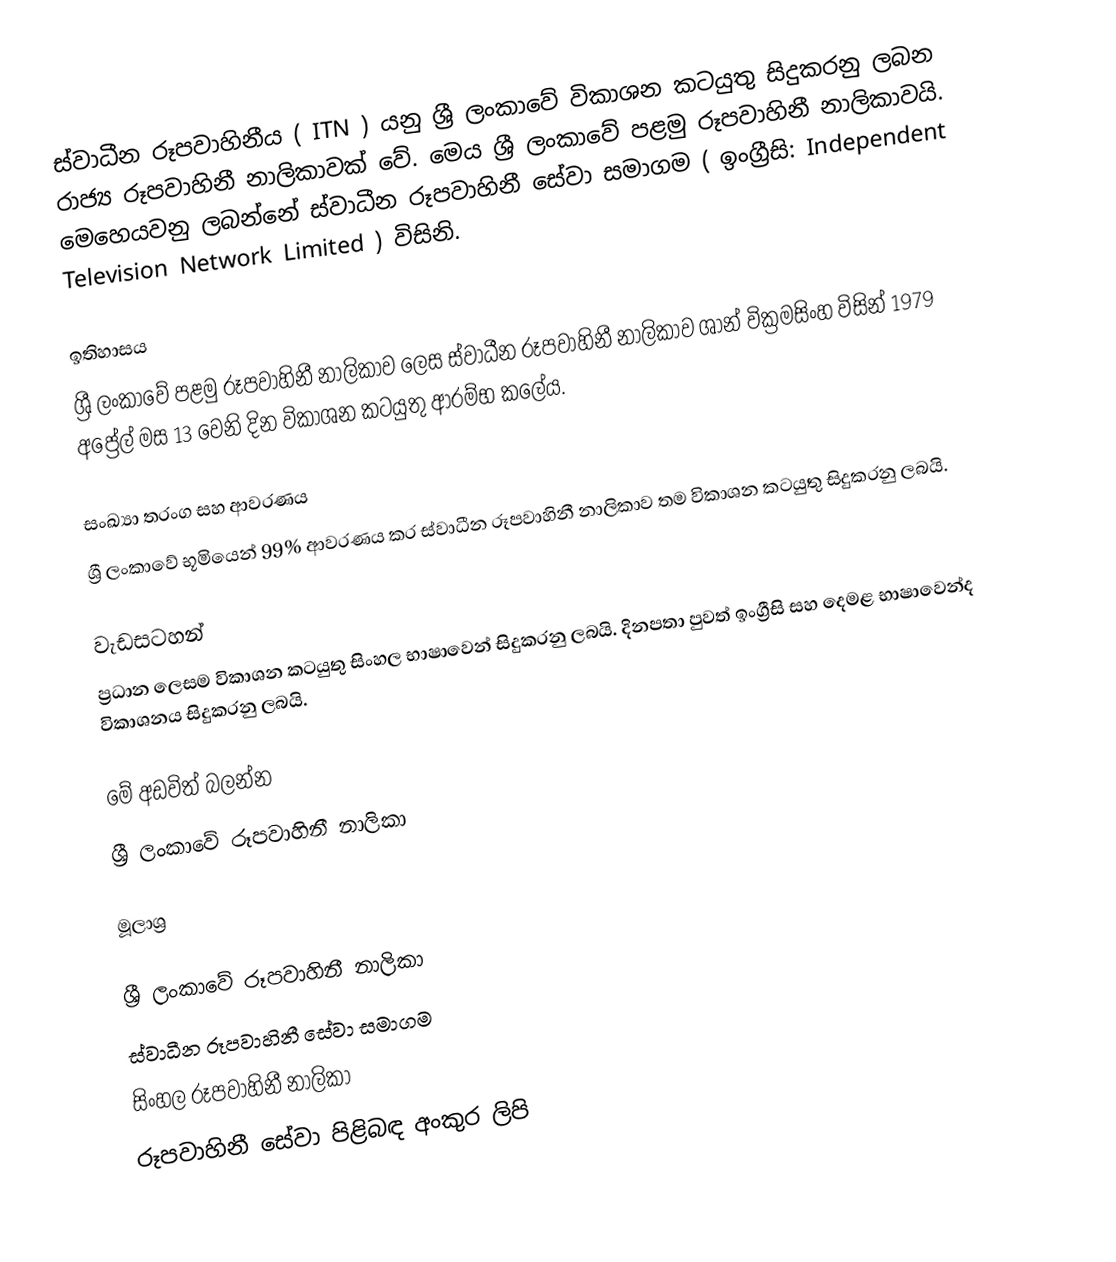
ස්වාධීන රූපවාහිනීය ( ITN ) යනු ශ්‍රී ලංකාවේ විකාශන කටයුතු සිදුකරනු ලබන රාජ්‍ය රූපවාහිනී නාලිකාවක් වේ. මෙය ශ්‍රී ලංකාවේ පළමු රූපවාහිනී නාලිකාවයි. මෙහෙයවනු ලබන්නේ ස්වාධීන රූපවාහිනී සේවා සමාගම ( ඉංග්‍රීසි: Independent Television Network Limited ) විසිනි.

ඉතිහාසය
ශ්‍රී ලංකාවේ පළමු රූපවාහිනී නාලිකාව ලෙස ස්වාධීන රූපවාහිනී නාලිකාව ශාන් වික්‍රමසිංහ විසින් 1979 අප්‍රේල් මස 13 වෙනි දින විකාශන කටයුතු ආරම්භ කලේය.

සංඛ්‍යා තරංග සහ ආවරණය
ශ්‍රී ලංකාවේ භූමියෙන් 99% ආවරණය කර ස්වාධීන රූපවාහිනී නාලිකාව තම විකාශන කටයුතු සිදුකරනු ලබයි.

වැඩසටහන්
ප්‍රධාන ලෙසම විකාශන කටයුතු සිංහල භාෂාවෙන් සිදුකරනු ලබයි. දිනපතා පුවත් ඉංග්‍රීසි සහ දෙමළ භාෂාවෙන්ද විකාශනය සිදුකරනු ලබයි.

මේ අඩවිත් බලන්න
ශ්‍රී ලංකාවේ රූපවාහිනී නාලිකා

මූලාශ්‍ර

ශ්‍රී ලංකාවේ රූපවාහිනී නාලිකා
ස්වාධීන රූපවාහිනී සේවා සමාගම
සිංහල රූපවාහිනී නාලිකා
රූපවාහිනී සේවා පිළිබඳ අංකුර ලිපි